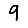
Digit: 9